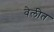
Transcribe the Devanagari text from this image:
वेलीत